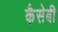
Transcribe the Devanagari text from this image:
कैसेबी